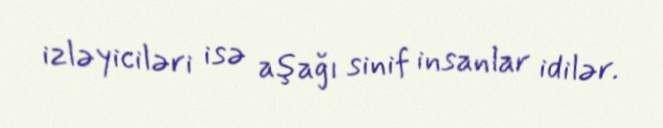
izləyiciləri isə aşağı sinif insanlar idilər.